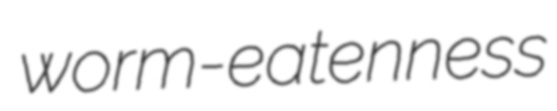
worm-eatenness